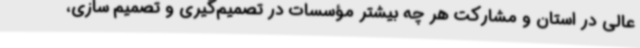
عالی در استان و مشارکت هر چه بیشتر مؤسسات در تصمیم‌گیری و تصمیم سازی،